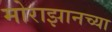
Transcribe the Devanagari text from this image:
मोराझानच्या